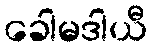
ခေါမဒါယီ